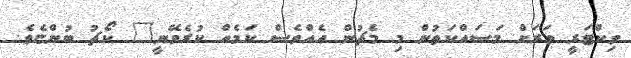
ވިކްޓަރީ ވަރަށް މަސައްކަތުން މި މެޗުން އެއްވެސް ކަމެއް ކުރެވޭނީ" ކޯޗު ބުންޏެވެ.